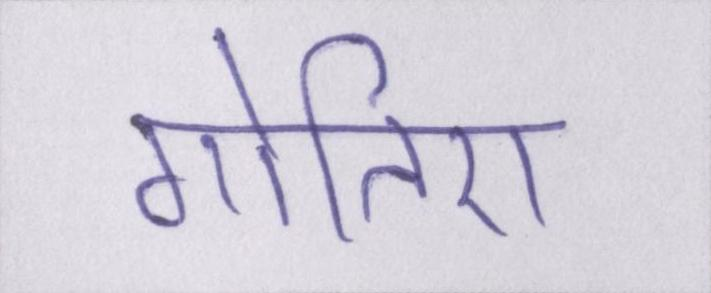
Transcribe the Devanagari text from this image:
गोतिए